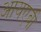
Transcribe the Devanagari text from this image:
आयएबी